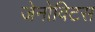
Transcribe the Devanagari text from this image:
जेनोविटस